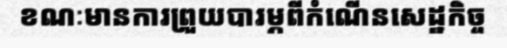
ខណៈមានការព្រួយបារម្ភពីកំណើនសេដ្ឋកិច្ច